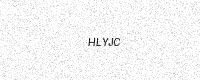
Text: HLYJC